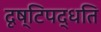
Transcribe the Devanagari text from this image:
दृष्टिपद्धति